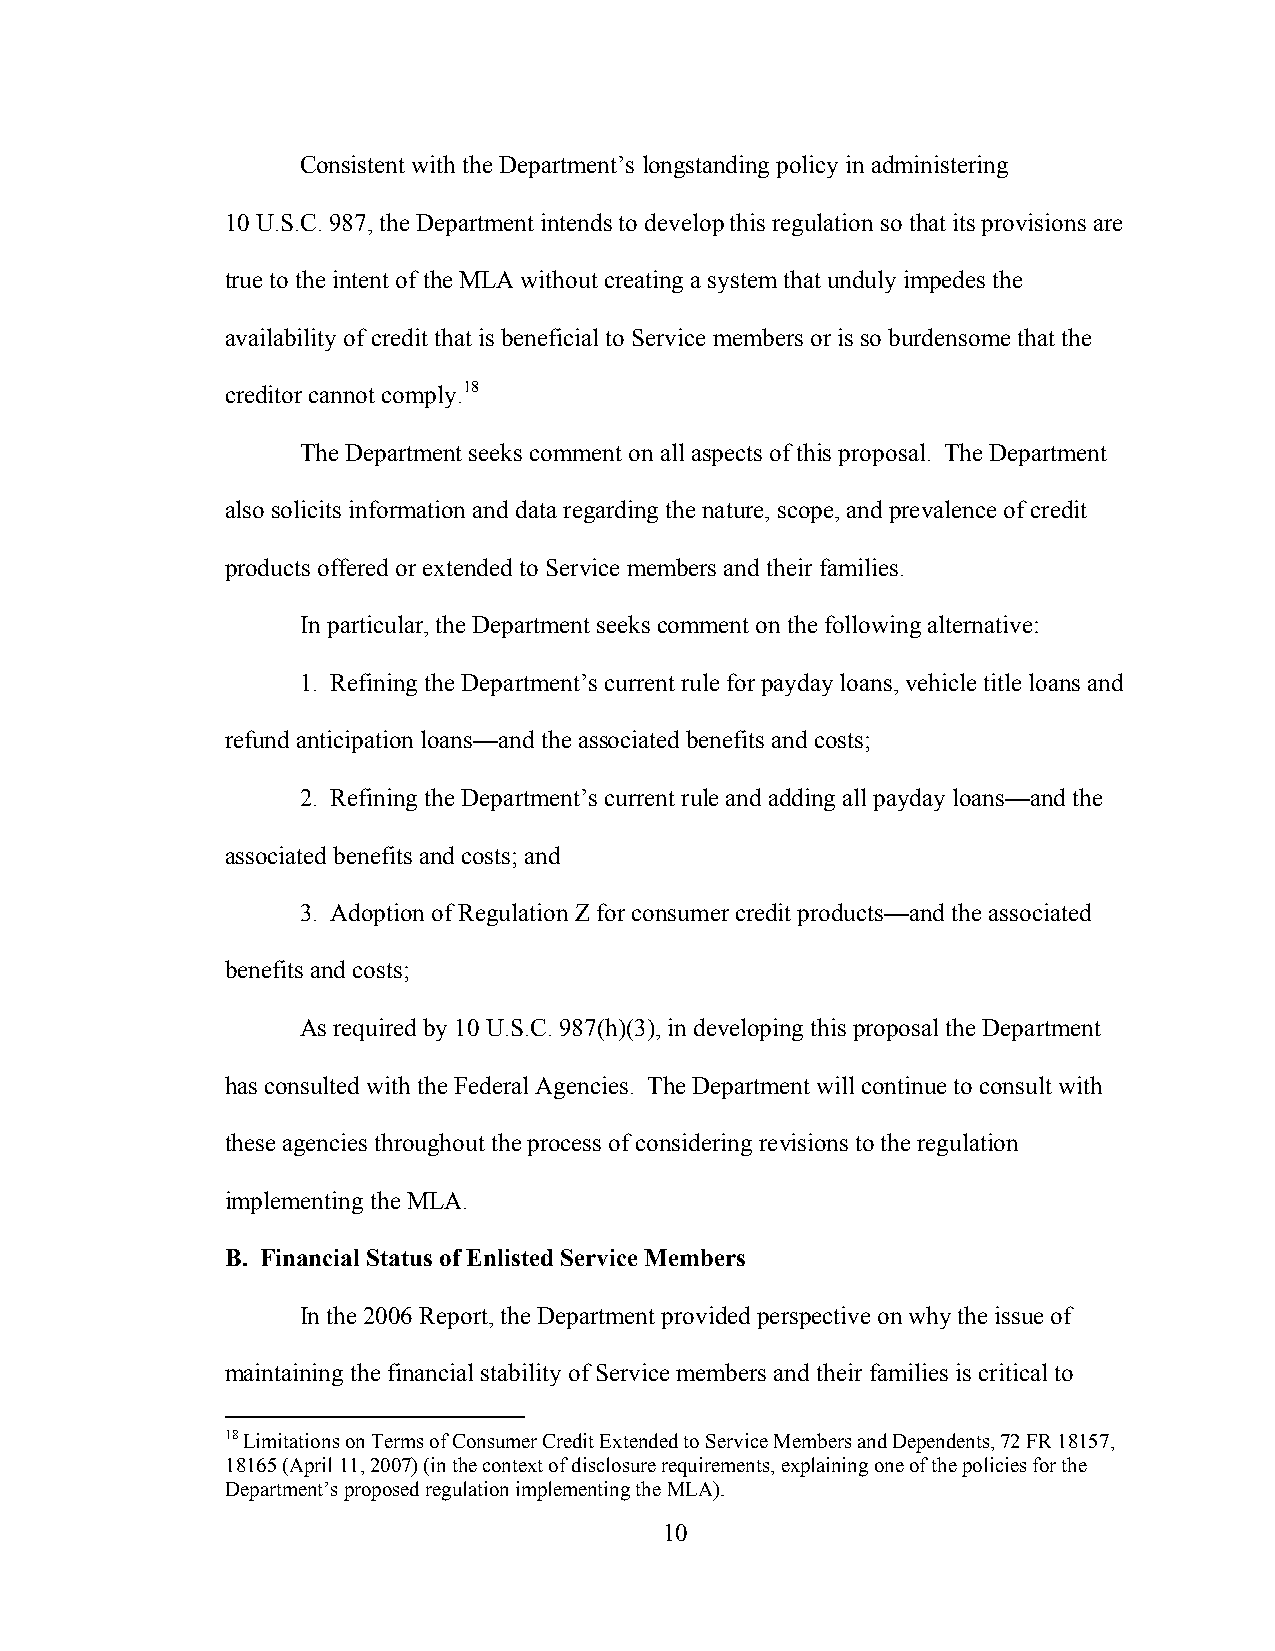
Consistent with the Department’s longstanding policy in administering
 10 U.S.C. 987, the Department intends to develop this regulation so that its provisions are
 true to the intent of the MLA without creating a system that unduly impedes the
 availability of credit that is beneficial to Service members or is so burdensome that the
 creditor cannot comply.18
 The Department seeks comment on all aspects of this proposal. The Department
 also solicits information and data regarding the nature, scope, and prevalence of credit
 products offered or extended to Service members and their families.
 In particular, the Department seeks comment on the following alternative:
 1. Refining the Department’s current rule for payday loans, vehicle title loans and
 refund anticipation loans—and the associated benefits and costs;
 2. Refining the Department’s current rule and adding all payday loans—and the
 associated benefits and costs; and
 3. Adoption of Regulation Z for consumer credit products—and the associated
 benefits and costs;
 As required by 10 U.S.C. 987(h)(3), in developing this proposal the Department
 has consulted with the Federal Agencies. The Department will continue to consult with
 these agencies throughout the process of considering revisions to the regulation
 implementing the MLA.
 B. Financial Status of Enlisted Service Members
 In the 2006 Report, the Department provided perspective on why the issue of
 maintaining the financial stability of Service members and their families is critical to
 18 Limitations on Terms of Consumer Credit Extended to Service Members and Dependents, 72 FR 18157,
 18165 (April 11, 2007) (in the context of disclosure requirements, explaining one of the policies for the
 Department’s proposed regulation implementing the MLA).
 10